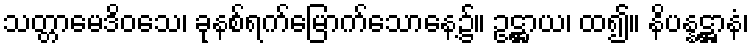
သတ္တာမေဒိဝသေ၊ ခုနစ်ရက်မြောက်သောနေ့၌။ ဥဋ္ဌာယ၊ ထ၍။ နိပန္နဋ္ဌာနံ၊